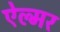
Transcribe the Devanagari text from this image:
ऐल्मर